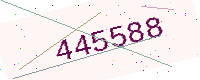
Text: 445588